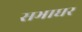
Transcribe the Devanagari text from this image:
सभाघर